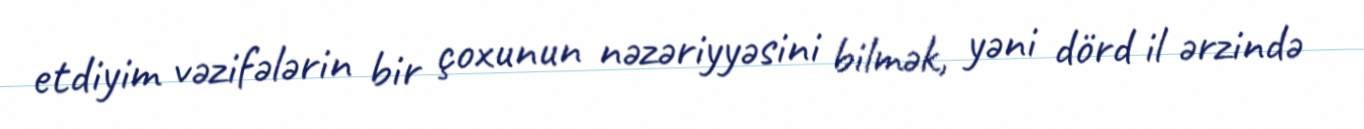
etdiyim vəzifələrin bir çoxunun nəzəriyyəsini bilmək, yəni dörd il ərzində